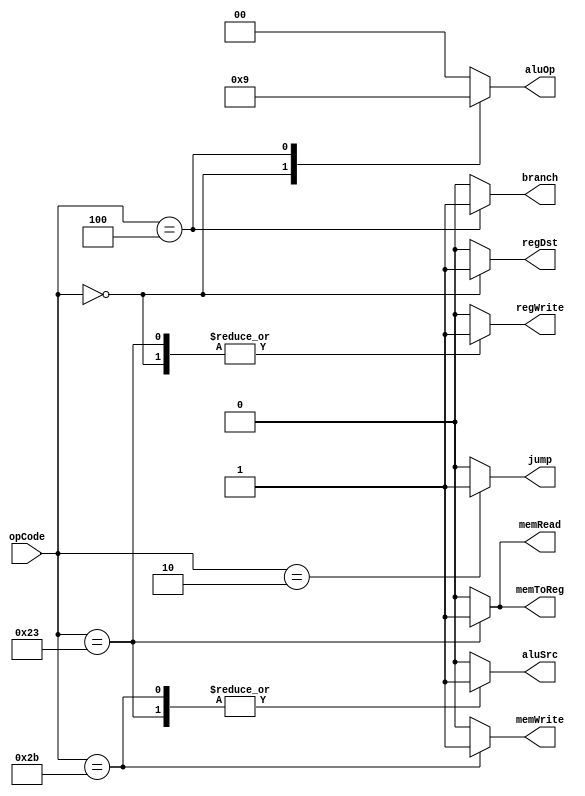
`timescale 1ns / 1ps
//////////////////////////////////////////////////////////////////////////////////
// Company: 
// Engineer: 
// 
// Design Name: 
// Module Name: Ctr
// Project Name: 
// Target Devices: 
// Tool Versions: 
// Description: 
// 
// Dependencies: 
// 
// Revision:
// Revision 0.01 - File Created
// Additional Comments:
// 
//////////////////////////////////////////////////////////////////////////////////


module Ctr(
    input [5:0] opCode,
    output regDst,
    output aluSrc,
    output memToReg,
    output regWrite,
    output memRead,
    output memWrite,
    output branch,
    output [1:0] aluOp,
    output jump
    );
    
    reg RegDst;
    reg ALUSrc;
    reg MemToReg;
    reg RegWrite;
    reg MemRead;
    reg MemWrite;
    reg Branch;
    reg [1:0] ALUOp;
    reg Jump;
    
    always @(opCode)
    begin
        case(opCode)
        6'b000000: //R-Type
        begin
            RegDst = 1;
            ALUSrc = 0;
            MemToReg = 0;
            RegWrite = 1;
            MemRead = 0;
            MemWrite = 0;
            Branch = 0;
            ALUOp = 2'b10;
            Jump = 0;
        end
        6'b100011: //lw
        begin
            RegDst = 0;
            ALUSrc = 1;
            MemToReg = 1;
            RegWrite = 1;
            MemRead = 1;
            MemWrite = 0;
            Branch = 0;
            ALUOp = 2'b00;
            Jump = 0;
        end
        6'b101011: //sw
        begin
            RegDst = 0;
            ALUSrc = 1;
            MemToReg = 0;
            RegWrite = 0;
            MemRead = 0;
            MemWrite = 1;
            Branch = 0;
            ALUOp = 2'b00;
            Jump = 0;
        end
        6'b000100:  //beq
        begin
            RegDst = 0;
            ALUSrc = 0;
            MemToReg = 0;
            RegWrite = 0;
            MemRead = 0;
            MemWrite = 0;
            Branch = 1;
            ALUOp = 2'b01;
            Jump = 0;
        end
        6'b000010:  //jump
        begin
            RegDst = 0;
            ALUSrc = 0;
            MemToReg = 0;
            RegWrite = 0;
            MemRead = 0;
            MemWrite = 0;
            Branch = 0;
            ALUOp = 2'b00;
            Jump = 1;
        end
        default:
        begin
            RegDst = 0;
            ALUSrc = 0;
            MemToReg = 0;
            RegWrite = 0;
            MemRead = 0;
            MemWrite = 0;
            Branch = 0;
            ALUOp = 2'b00;
            Jump = 0;
        end
        endcase
    end
    assign regDst = RegDst;
    assign aluSrc = ALUSrc;
    assign memToReg = MemToReg;
    assign regWrite = RegWrite;
    assign memRead = MemRead;
    assign memWrite = MemWrite;
    assign branch = Branch;
    assign aluOp = ALUOp;
    assign jump = Jump;
endmodule